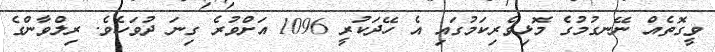
ވީގޮތެއް ނޭނގުމުގެ މޮޅިވެރިކަމުގައި އެ ހޭދަކުރީ 1096 އަށްވުރެ ގިނަ ދުވަހެވެ. ރިލްވާންގެ